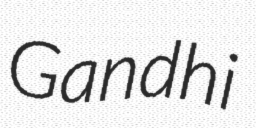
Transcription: Gandhi